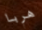
هربا